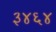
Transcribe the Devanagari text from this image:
३४६४